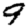
Digit: 9